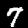
Digit: 7